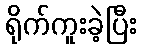
ရိုက်ကူးခဲ့ပြီး